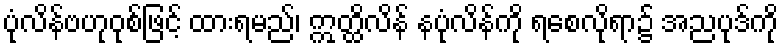
ပုံလိန်ဗဟုဝုစ်ဖြင့် ထားရမည်၊ ဣတ္ထိလိန် နပုံလိန်ကို ရစေလိုရာ၌ အညပုဒ်ကို